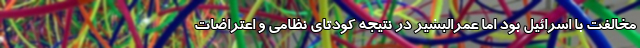
مخالفت با اسرائیل بود اما عمرالبشیر در نتیجه کودتای نظامی و اعتراضات